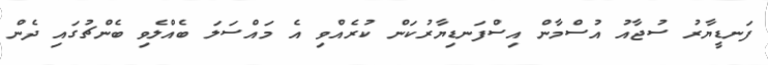
ފަނޑީޔާރު ސުޖާއު އުސްމާން އިސްފަނޑިޔާރުކަން ކުރެއްވި އެ މައްސަލަ ބެއްލެވި ބެންޗުގައި ދެން